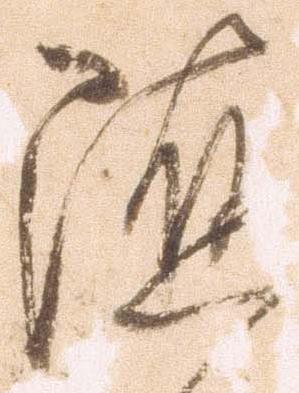
随